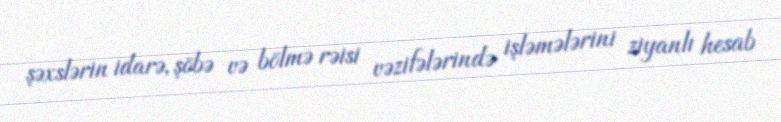
şəxslərin idarə, şöbə və bölmə rəisi vəzifələrində işləmələrini ziyanlı hesab